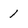
Character: 1